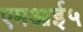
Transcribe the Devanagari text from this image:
एमआई५